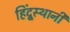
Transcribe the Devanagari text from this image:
हिंदूुस्थानी